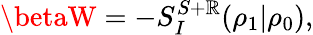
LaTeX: \betaW=-S_{I}^{S+\mathbb{R}}(\rho_{1}|\rho_{0}),